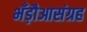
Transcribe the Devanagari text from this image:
भँड़ौआसंग्रह